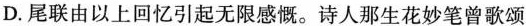
D.尾联由以上回忆引起无限感慨。诗人那生花妙笔曾歌颂